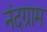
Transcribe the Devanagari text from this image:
नंदग्राम